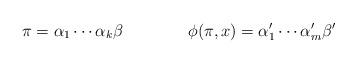
LaTeX: \begin{align*}\pi=\alpha_1\cdots\alpha_k\beta\qquad\qquad\phi(\pi,x)=\alpha_1^{\prime}\cdots\alpha_m^{\prime}\beta^{\prime}\end{align*}